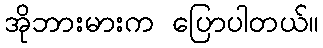
အိုဘားမားက ပြောပါတယ်။